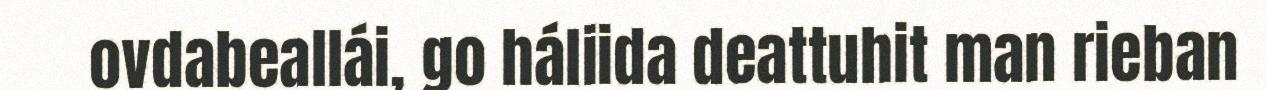
ovdabeallái, go háliida deattuhit man rieban